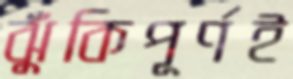
ঝুঁকিপূর্ণই